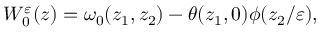
W _ { 0 } ^ { \varepsilon } ( z ) = \omega _ { 0 } ( z _ { 1 } , z _ { 2 } ) - \theta ( z _ { 1 } , 0 ) \phi ( z _ { 2 } / \varepsilon ) ,